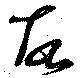
故